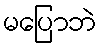
မပြောဘဲ